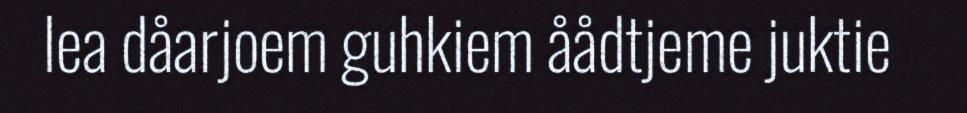
lea dåarjoem guhkiem åådtjeme juktie